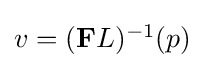
{\textstyle v=(\mathbf {F} L)^{-1}(p)}